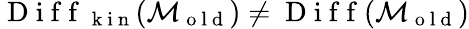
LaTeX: \mathrm{~D~i~f~f~}_{\mathrm{~k~i~n~}}(\mathcal{M}_{\mathrm{~o~l~d~}})\neq\mathrm{~D~i~f~f~}(\mathcal{M}_{\mathrm{~o~l~d~}})